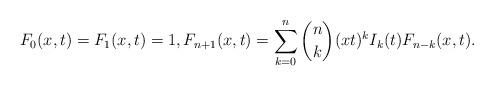
LaTeX: \begin{gather*}F_0(x,t)=F_1(x,t)=1, F_{n+1}(x,t)= \sum_{k=0}^{n} {n \choose k} (xt)^{k} I_k(t) F_{n-k}(x,t).\end{gather*}